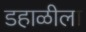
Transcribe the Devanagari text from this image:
डहाळीला